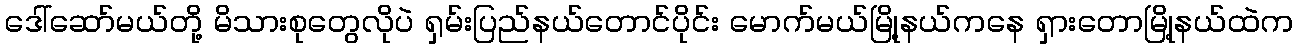
ဒေါ်ဆော်မယ်တို့ မိသားစုတွေလိုပဲ ရှမ်းပြည်နယ်တောင်ပိုင်း မောက်မယ်မြို့နယ်ကနေ ရှားတောမြို့နယ်ထဲက